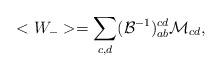
LaTeX: \begin{align*}<W_{-}>=\sum_{c,d}(\mathcal{B}^{-1})^{cd}_{ab}\mathcal{M}_{cd},\end{align*}